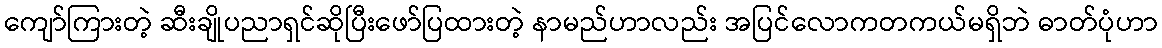
ကျော်ကြားတဲ့ ဆီးချိုပညာရှင်ဆိုပြီးဖော်ပြထားတဲ့ နာမည်ဟာလည်း အပြင်လောကတကယ်မရှိဘဲ ဓာတ်ပုံဟာ